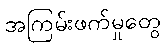
အကြမ်းဖက်မှုတွေ